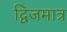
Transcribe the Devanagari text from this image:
द्विजमात्र